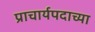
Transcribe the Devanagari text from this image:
प्राचार्यपदाच्या